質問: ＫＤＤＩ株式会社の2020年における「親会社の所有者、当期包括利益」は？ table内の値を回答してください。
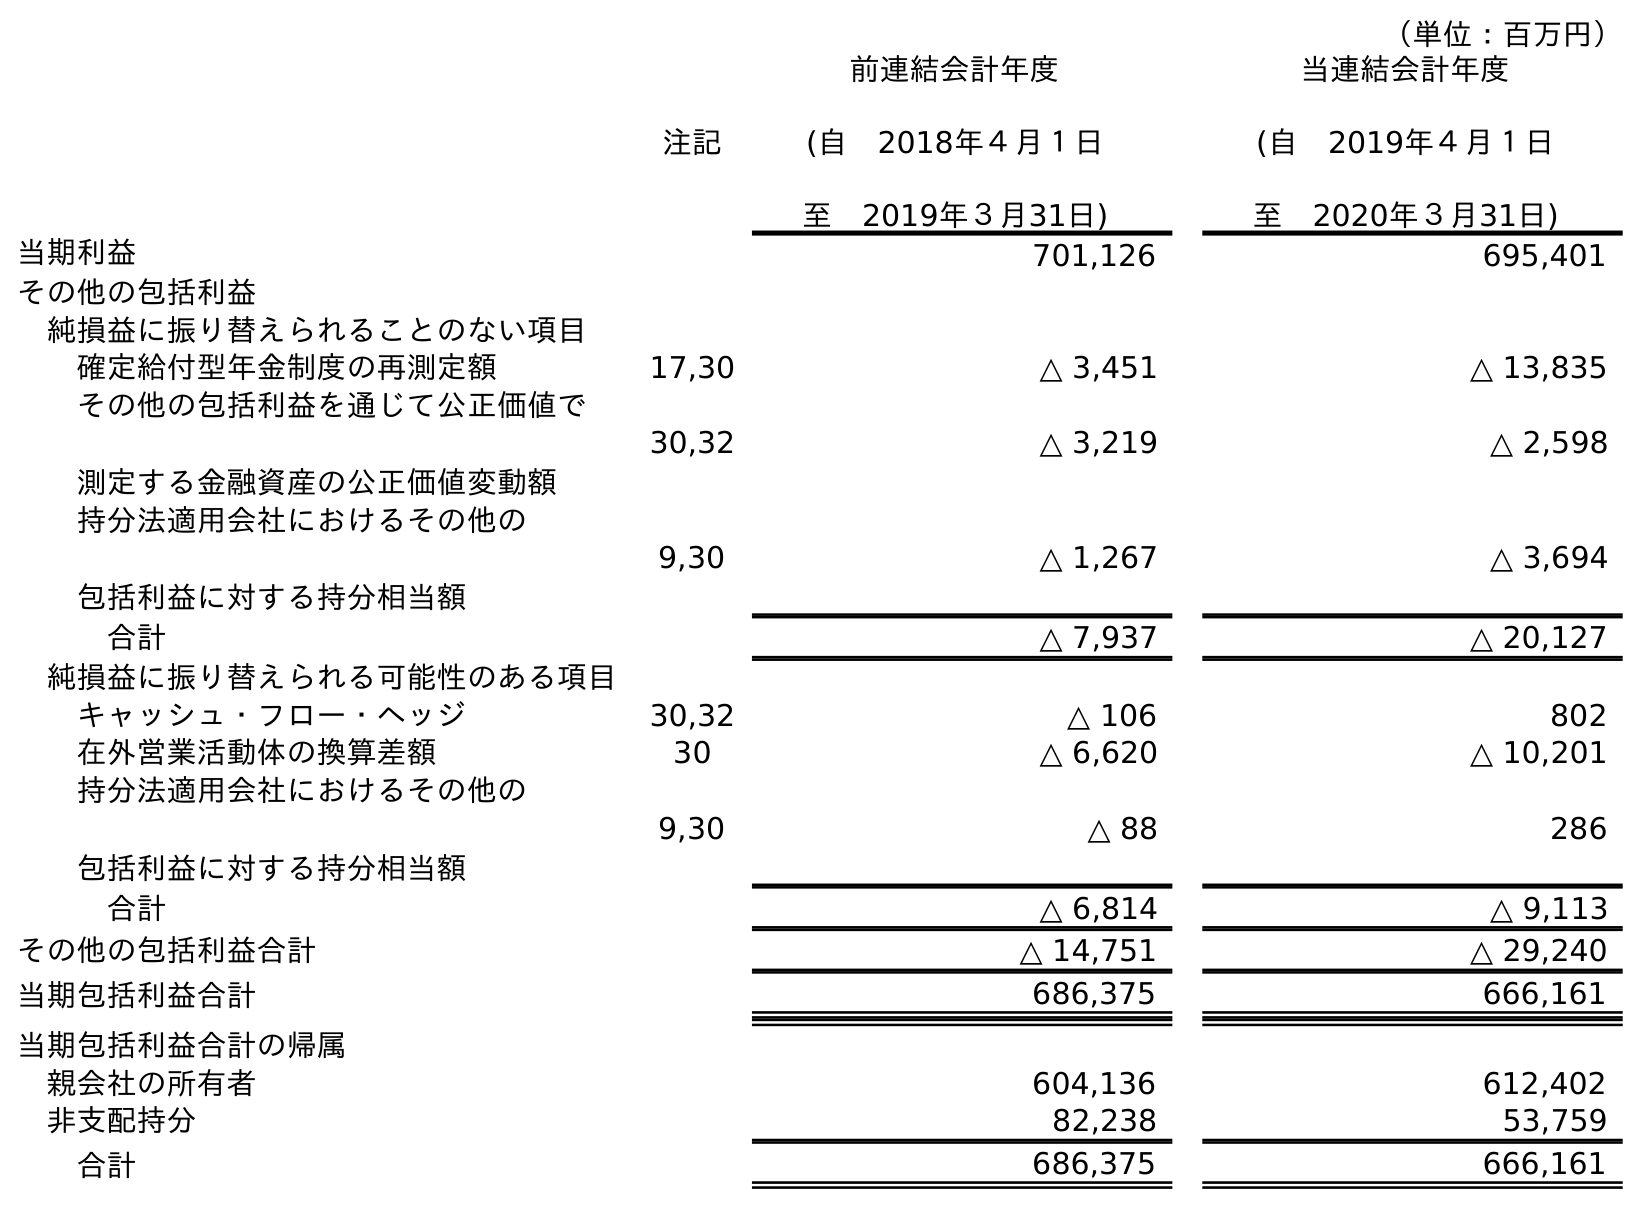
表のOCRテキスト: （単位：百万円） 注記 前連結会計年度 (自 2018年４月１日 至 2019年３月31日) 当連結会計年度 (自 2019年４月１日 至 2020年３月31日) 当期利益 701,126 695,401 その他の包括利益 純損益に振り替えられることのない項目 確定給付型年金制度の再測定額 17,30 △ 3,451 △ 13,835 その他の包括利益を通じて公正価値で 測定する金融資産の公正価値変動額 30,32 △ 3,219 △ 2,598 持分法適用会社におけるその他の 包括利益に対する持分相当額 9,30 △ 1,267 △ 3,694 合計 △ 7,937 △ 20,127 純損益に振り替えられる可能性のある項目 キャッシュ・フロー・ヘッジ 30,32 △ 106 802 在外営業活動体の換算差額 30 △ 6,620 △ 10,201 持分法適用会社におけるその他の 包括利益に対する持分相当額 9,30 △ 88 286 合計 △ 6,814 △ 9,113 その他の包括利益合計 △ 14,751 △ 29,240 当期包括利益合計 686,375 666,161 当期包括利益合計の帰属 親会社の所有者 604,136 612,402 非支配持分 82,238 53,759 合計 686,375 666,161
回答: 612,402